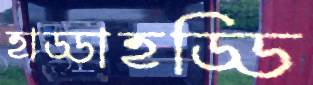
হাড্ডাহড্ডি